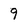
Character: 9